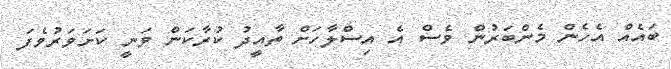
ބައެއް އެހެން މެންބަރުން ވެސް އެ އިސްލާހަށް ތާއީދު ކުރާކަން ވަނީ ކަށަވަރުވެފަ